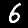
Label: 6